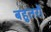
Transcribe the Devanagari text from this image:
बहुतरों